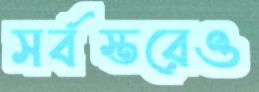
সর্বস্তরেও